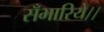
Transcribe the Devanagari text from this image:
सँभारिये।।